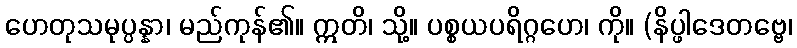
ဟေတုသမုပ္ပန္နာ၊ မည်ကုန်၏။ ဣတိ၊ သို့။ ပစ္စယပရိဂ္ဂဟေ၊ ကို။ (နိပ္ဖါဒေတဗ္ဗေ၊